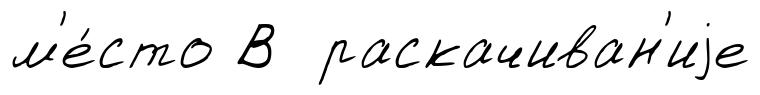
м'е́сто В раскачиван'иjе